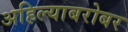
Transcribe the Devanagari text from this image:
अहिल्याबरोबर